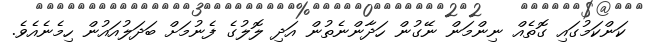
ކަންކަމުގައި ގޮތެއް ނިންމަން ނޭގުން ހަދާންނެތުން އަދި ލޮލުގެ ފެނުމަށް ބަދަލުއައުން ހިމެނެއެވެ.